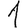
Digit: 1